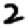
Digit: 2